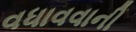
વધાવવાની